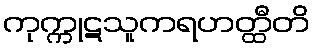
ကုက္ကုဋသူကရဟတ္ထီတိ